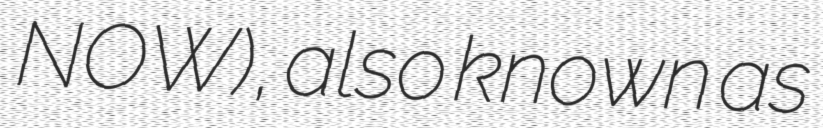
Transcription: NOW), also known as